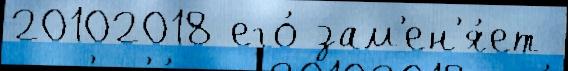
20102018 его́ зам'ен'я́ет